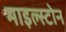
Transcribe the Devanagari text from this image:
माइल्स्टोन